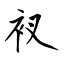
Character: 衩